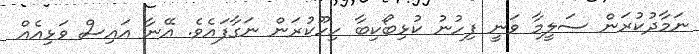
ނަމާދުކުރަން ސަލީމާ ވަނީ ފިހުނު ކުޅިބޯކިބާ ހިހޫކުރަން ނަގާފައެވެ. އޭނާ އައިސް ވަޅިއެއް